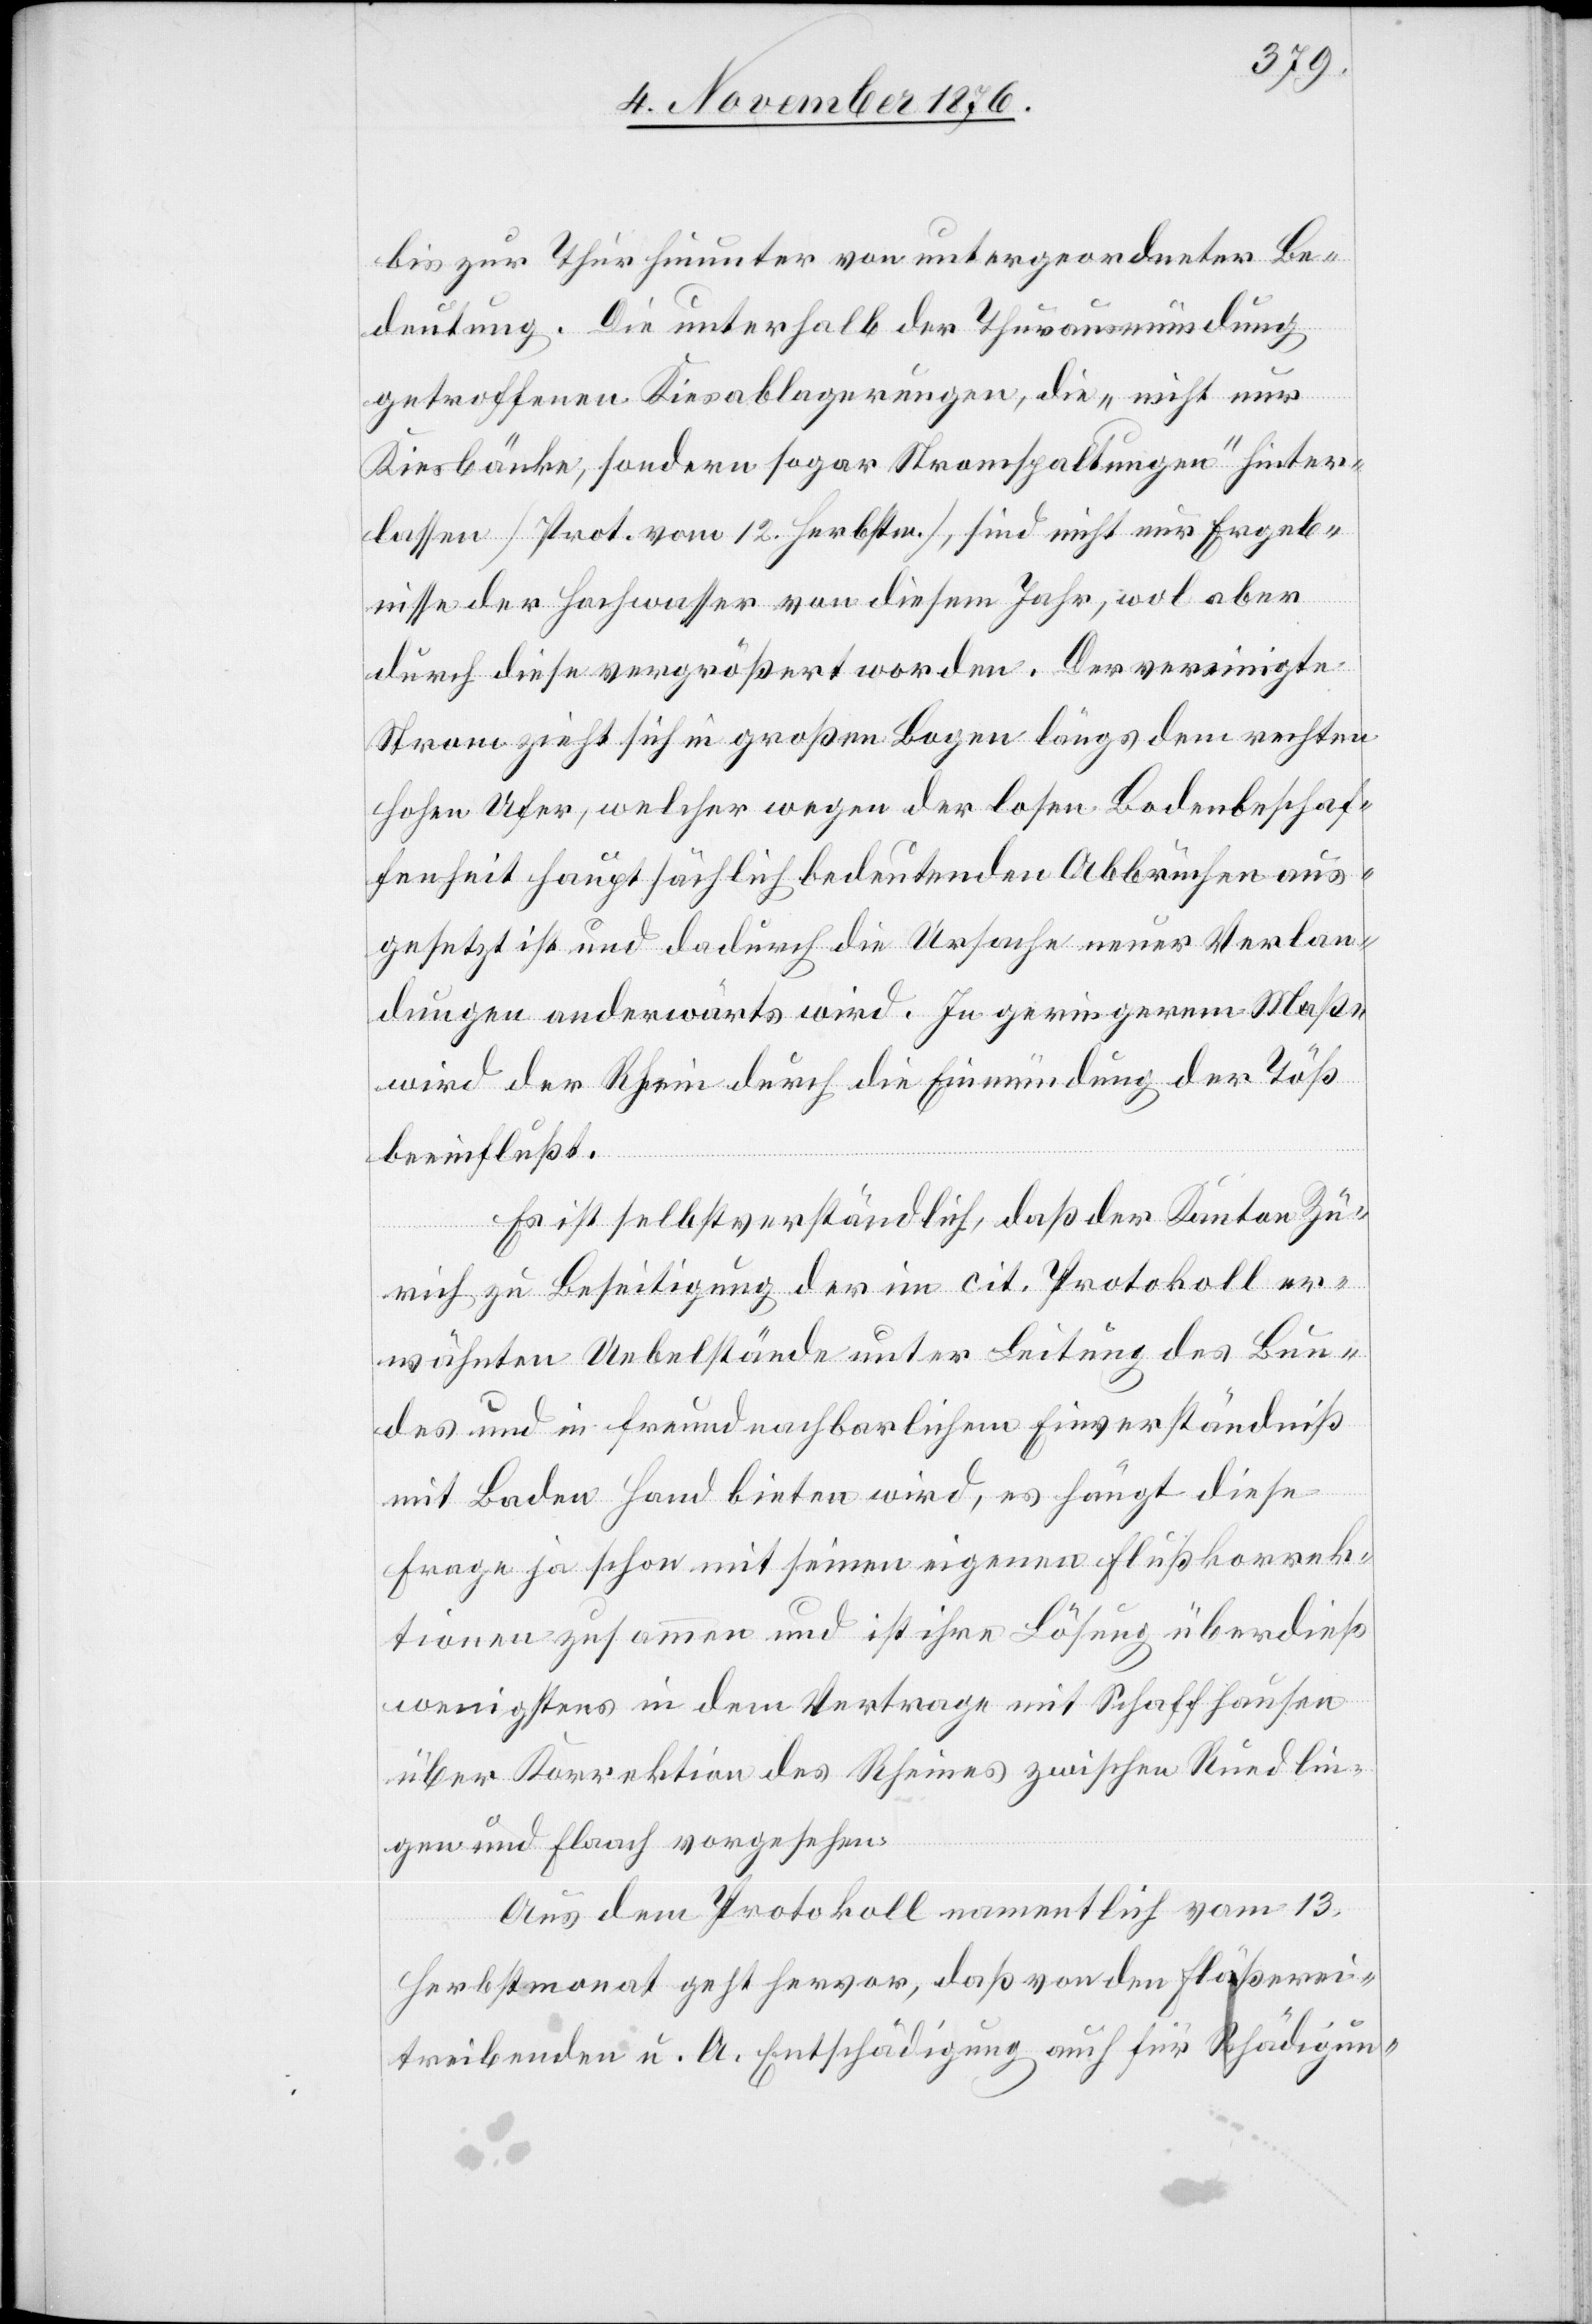
bis zur Thur hinunter von untergeordneter Be¬
deutung. Die unterhalb der Thurausmündung
getroffenen Kiesablagerungen, die „nicht nur
Kiesbänke, sondern sogar Stromspaltungen“ hinunter¬
lassen [Prot. vom 12. Herbstm.], sind nicht nur Ergeb¬
nisse der Hochwasser von diesem Jahr, wol aber
durch diese vergrößert worden. Der vereinigte
Strom zieht sich in großen Bogen längs dem rechten
hohen Ufer, welcher wegen der losen Bodenbeschaf¬
fenheit hauptsächlich bedeutenden Abbrüchen aus¬
gesetzt ist und dadurch die Ursache neuer Verlan¬
dungen anderwärts wird. In geringerem Maße
wird der Rhein durch die Einmündung der Töß
beeinflußt.
Es ist selbstverständlich, daß der Kanton Zü¬
rich zu Beseitigung der im cit. Protokoll er¬
wähnten Uebelstände unter Leitung des Bun¬
des und in freundschaftlichem Einverständniß
mit Baden Hand bieten wird, es hängt diese
Frage ja schon mit seinen eigenen Flußkorrek¬
tionen zusammen und ist ihre Lösung überdieß
wenigstens in dem Vertrage mit Schaffhausen
über Korrektion des Rheines zwischen Reudlin¬
gen und Flaach vorgesehen.
Aus dem Protokoll namentlich vom 13.
Herbstmonat geht hervor, daß von den Flößerei¬
treibenden u. A. Entschädigung auch für Schädigun-